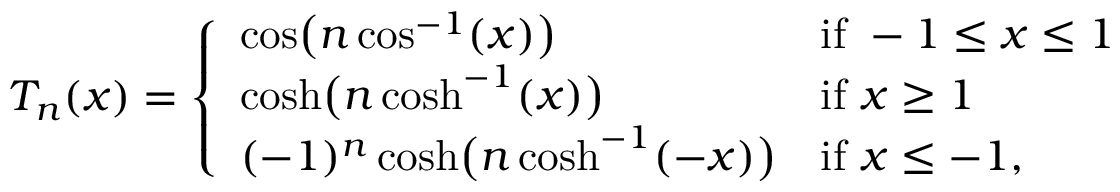
T _ { n } ( x ) = { \left\{ \begin{array} { l l } { \cos \! { \big ( } n \cos ^ { - 1 } ( x ) { \big ) } } & { { \mathrm { i f ~ } } - 1 \leq x \leq 1 } \\ { \cosh \! { \big ( } n \cosh ^ { - 1 } ( x ) { \big ) } } & { { \mathrm { i f ~ } } x \geq 1 } \\ { ( - 1 ) ^ { n } \cosh \! { \big ( } n \cosh ^ { - 1 } ( - x ) { \big ) } } & { { \mathrm { i f ~ } } x \leq - 1 , } \end{array} \right. }